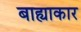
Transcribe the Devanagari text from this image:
बाह्याकार